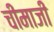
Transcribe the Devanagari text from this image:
चीमाजी